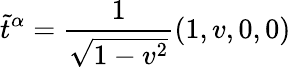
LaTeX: \tilde{t}^{\alpha}=\frac{1}{\sqrt{1-v^{2}}}(1,v,0,0)